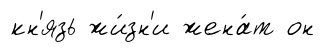
кн'язь жи́зн'и жена́т он